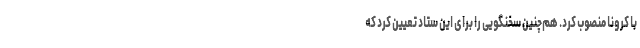
با کرونا منصوب کرد. هم‌چنین سخنگویی را برای این ستاد تعیین کرد که